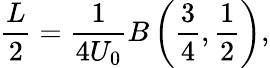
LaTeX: \frac{L}{2}=\frac{1}{4U_{0}}B\left(\frac{3}{4},\frac{1}{2}\right),